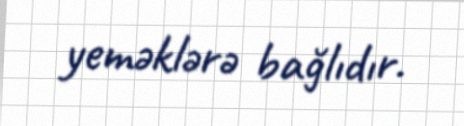
yeməklərə bağlıdır.